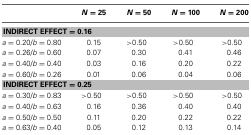
|  | N = 25 | N = 50 | N = 100 | N = 200 |
 | --- | --- | --- | --- | --- |
 | <COLSPAN=5> INDIRECT EFFECT = 0.16 |
 | a = 0.20/b = 0.80 | 0.15 | >0.50 | >0.50 | >0.50 |
 | a = 0.26/b = 0.60 | 0.07 | 0.30 | 0.41 | 0.46 |
 | a = 0.40/b = 0.40 | 0.03 | 0.16 | 0.20 | 0.22 |
 | a = 0.60/b = 0.26 | 0.01 | 0.06 | 0.04 | 0.06 |
 | <COLSPAN=5> INDIRECT EFFECT = 0.25 |
 | a = 0.30/b = 0.83 | >0.50 | >0.50 | >0.50 | >0.50 |
 | a = 0.40/b = 0.63 | 0.16 | 0.36 | 0.40 | 0.40 |
 | a = 0.50/b = 0.50 | 0.11 | 0.20 | 0.22 | 0.22 |
 | a = 0.63/b = 0.40 | 0.05 | 0.12 | 0.13 | 0.14 |